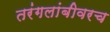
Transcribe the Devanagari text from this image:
तरंगलांबीवरच